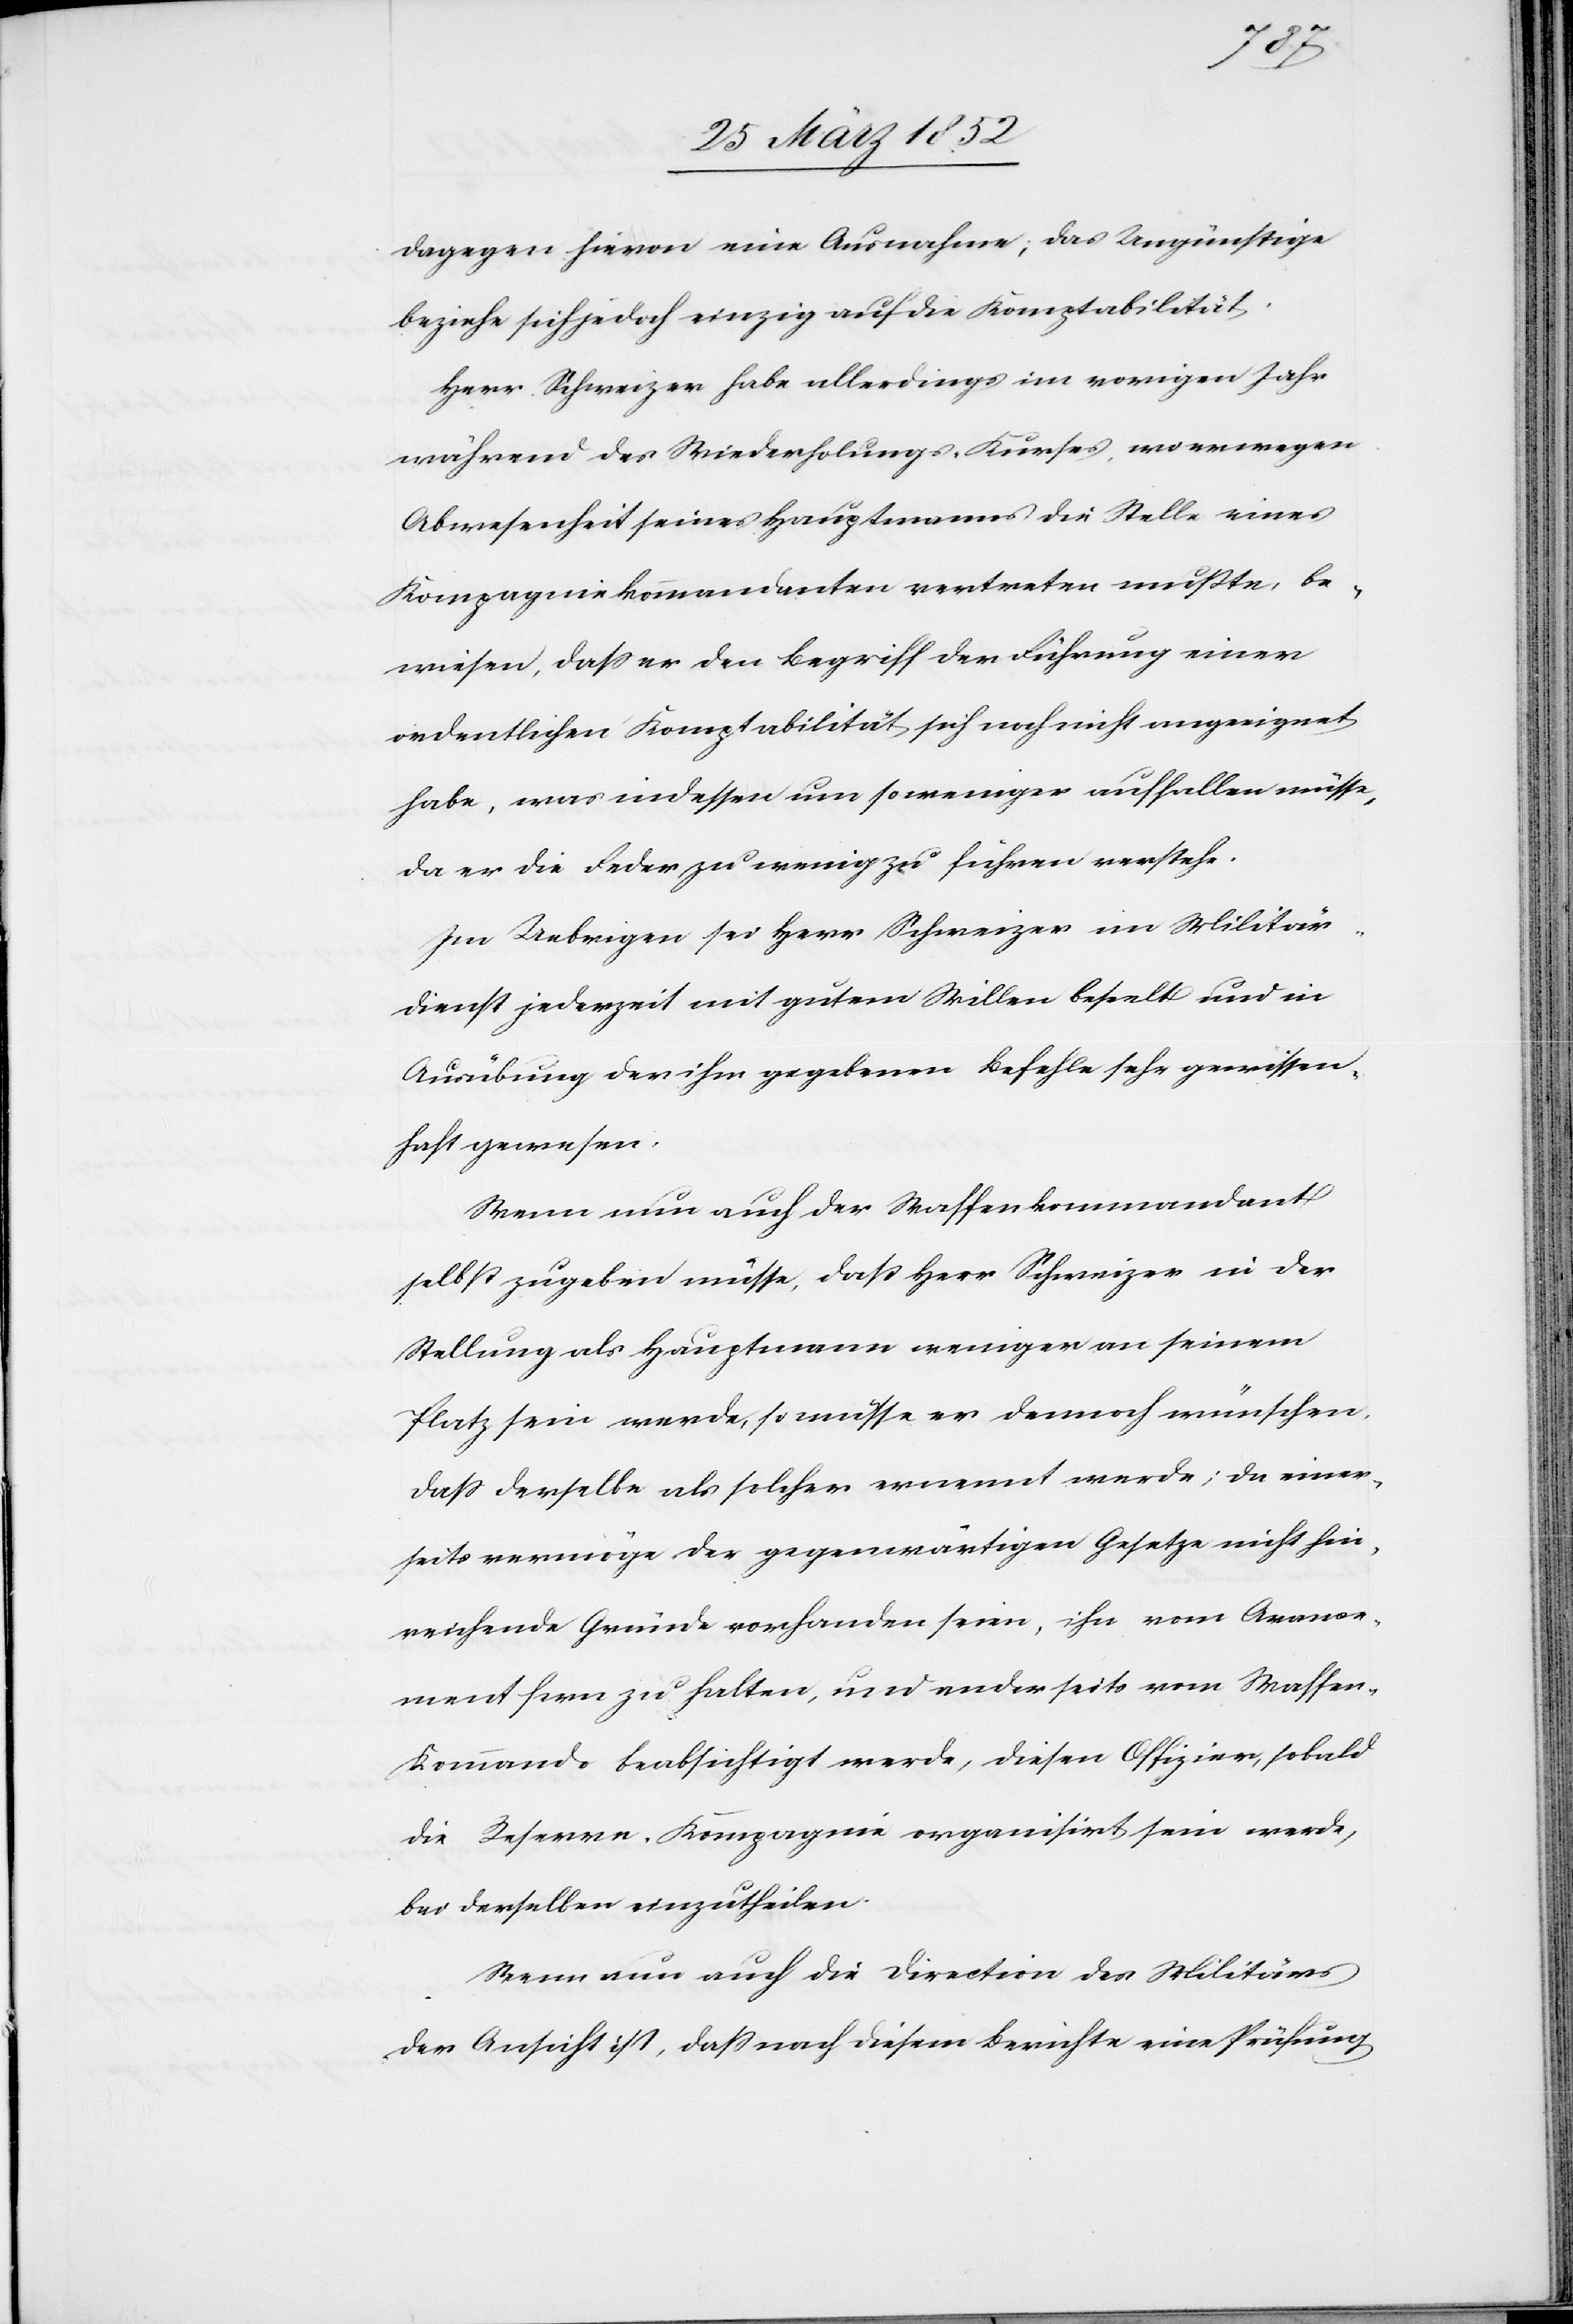
dagegen hievon eine Ausnahme; das Ungünstige
beziehe sich jedoch einzig auf die Komptabilität.
Herr Schweizer habe allerdings im vorigen Jahr
während des Wiederholungs-Kurses, wo er wegen
Abwesenheit seines Hauptmannes die Stelle eines
Kompagniekommandanten vertreten mußte, be¬
wiesen, daß er den Begriff der Führung einer
ordentlichen Komptabilität sich noch nicht angeeignet
habe, was indessen um so weniger auffallen müsse,
da er die Feder zu wenig zu führen verstehe.
Im Uebrigen sei Herr Schweizer im Militär¬
dienst jederzeit mit gutem Willen beseelt und in
Ausübung der ihm gegebenen Befehle sehr gewissen¬
haft gewesen.
Wenn nun auch der Waffenkommandant
selbst zugeben müsse, daß Herr Schweizer in der
Stellung als Hauptmann weniger an seinem
Platz sein werde, so müsse er dennoch wünschen,
daß derselbe als solcher ernennt werde; da einer¬
seits vermöge der gegenwärtigen Gesetze nicht hin¬
reichende Gründe vorhanden seien, ihn vom Arme¬
ment fern zu halten, und anderseits vom Waffen-K¬
ommando beabsichtigt werde, diesen Offizier, sobald
die Reserve-Kompagnie organisirt sein werde,
bei derselben einzutheilen.
Wenn nun auch die Direction des Militärs
der Ansicht ist, daß nach diesem Berichte eine Prüfung